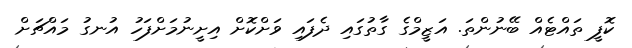
ކޮފީ ތައްޓެއް ބޭނުންތަ. އަޒީމްގެ ގާތުގައި ދެފައި ވަށްކޮށް އިށީނުމަށްފަހު އުނގު މައްޗަށް